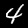
Label: 4